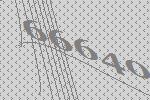
66640